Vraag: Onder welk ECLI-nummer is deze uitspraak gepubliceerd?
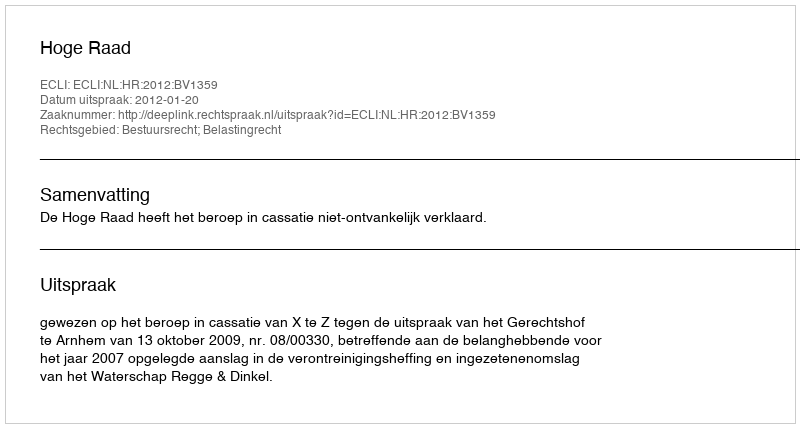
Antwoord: ECLI:NL:HR:2012:BV1359